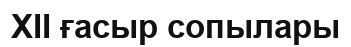
XII ғасыр сопылары